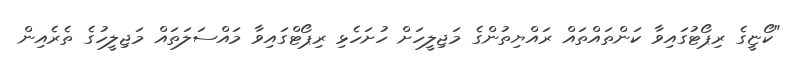
"ކޯޏީގެ ރިޕޯޓުގައިވާ ކަންތައްތައް ރައްޔިތުންގެ މަޖިލީހަށް ހުށަހެޅި ރިޕޯޓްގައިވާ މައްސަލަތައް މަޖިލީހުގެ ތެރެއިން